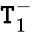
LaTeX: \mathtt{T}_{1}^{-}